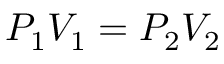
P _ { 1 } V _ { 1 } = P _ { 2 } V _ { 2 }